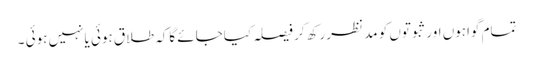
تمام گواہوں اورثبوتوں کو مد نظررکھ کر فیصلہ کیاجائے گاکہ طلاق ہوئی یانہیں ہوئی ۔